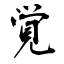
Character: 覚